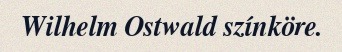
Wilhelm Ostwald színköre.